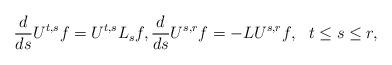
LaTeX: \begin{align*}\frac{d}{ds}U^{t,s}f= U^{t,s}L_s f, \frac{d}{ds}U^{s,r} f=-L U^{s,r} f, \ \ t\leq s\leq r,\end{align*}